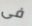
فى